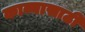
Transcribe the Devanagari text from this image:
काव्यासाठी